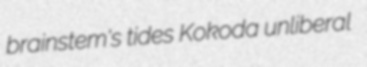
brainstem's tides Kokoda unliberal